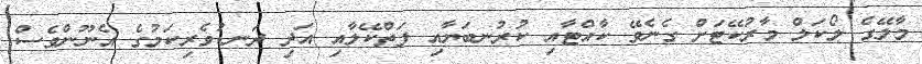
މާލޭގެ ލޯކަލް މާރުކޭޓަށް ގެނެވޭ ކާއްޓާއި ކުރުނބަޔާއި ފަތްކޭލާއި އަދި ދަނޑުވެރިކަމުގެ އެނޫންވެސް